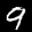
Label: 9